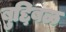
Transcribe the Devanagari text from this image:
बुद्दिबळ